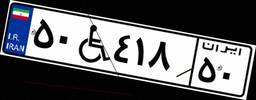
۵۰W۴۱۸۵۰